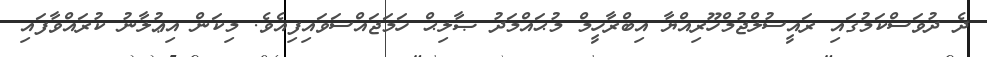
ދެ ދުވަސްކަމުގައި ރައީސުލްޖުމްހޫރިއްޔާ އިބްރާހީމް މުޙައްމަދު ޞާލިޙް ހަމަޖައްސަވައިފިއެވެ. މިކަން އިޢުލާނު ކުރައްވާފައި